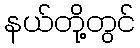
နယ်တို့တွင်